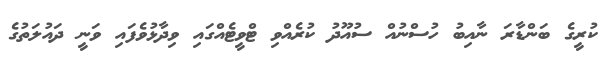
ކުރީގެ ބަންޑާރަ ނާއިބު ހުސްނުއް ސުއޫދު ކުރެއްވި ޓްވީޓެއްގައި ވިދާޅުވެފައި ވަނީ ދައުލަތުގެ